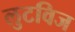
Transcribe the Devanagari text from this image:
लुटविज